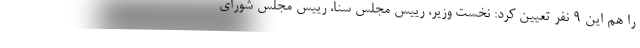
را هم این 9 نفر تعیین کرد: نخست وزیر، رییس مجلس سنا، رییس مجلس شورای